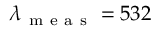
\lambda _ { \mathrm { ~ m ~ e ~ a ~ s ~ } } = 5 3 2